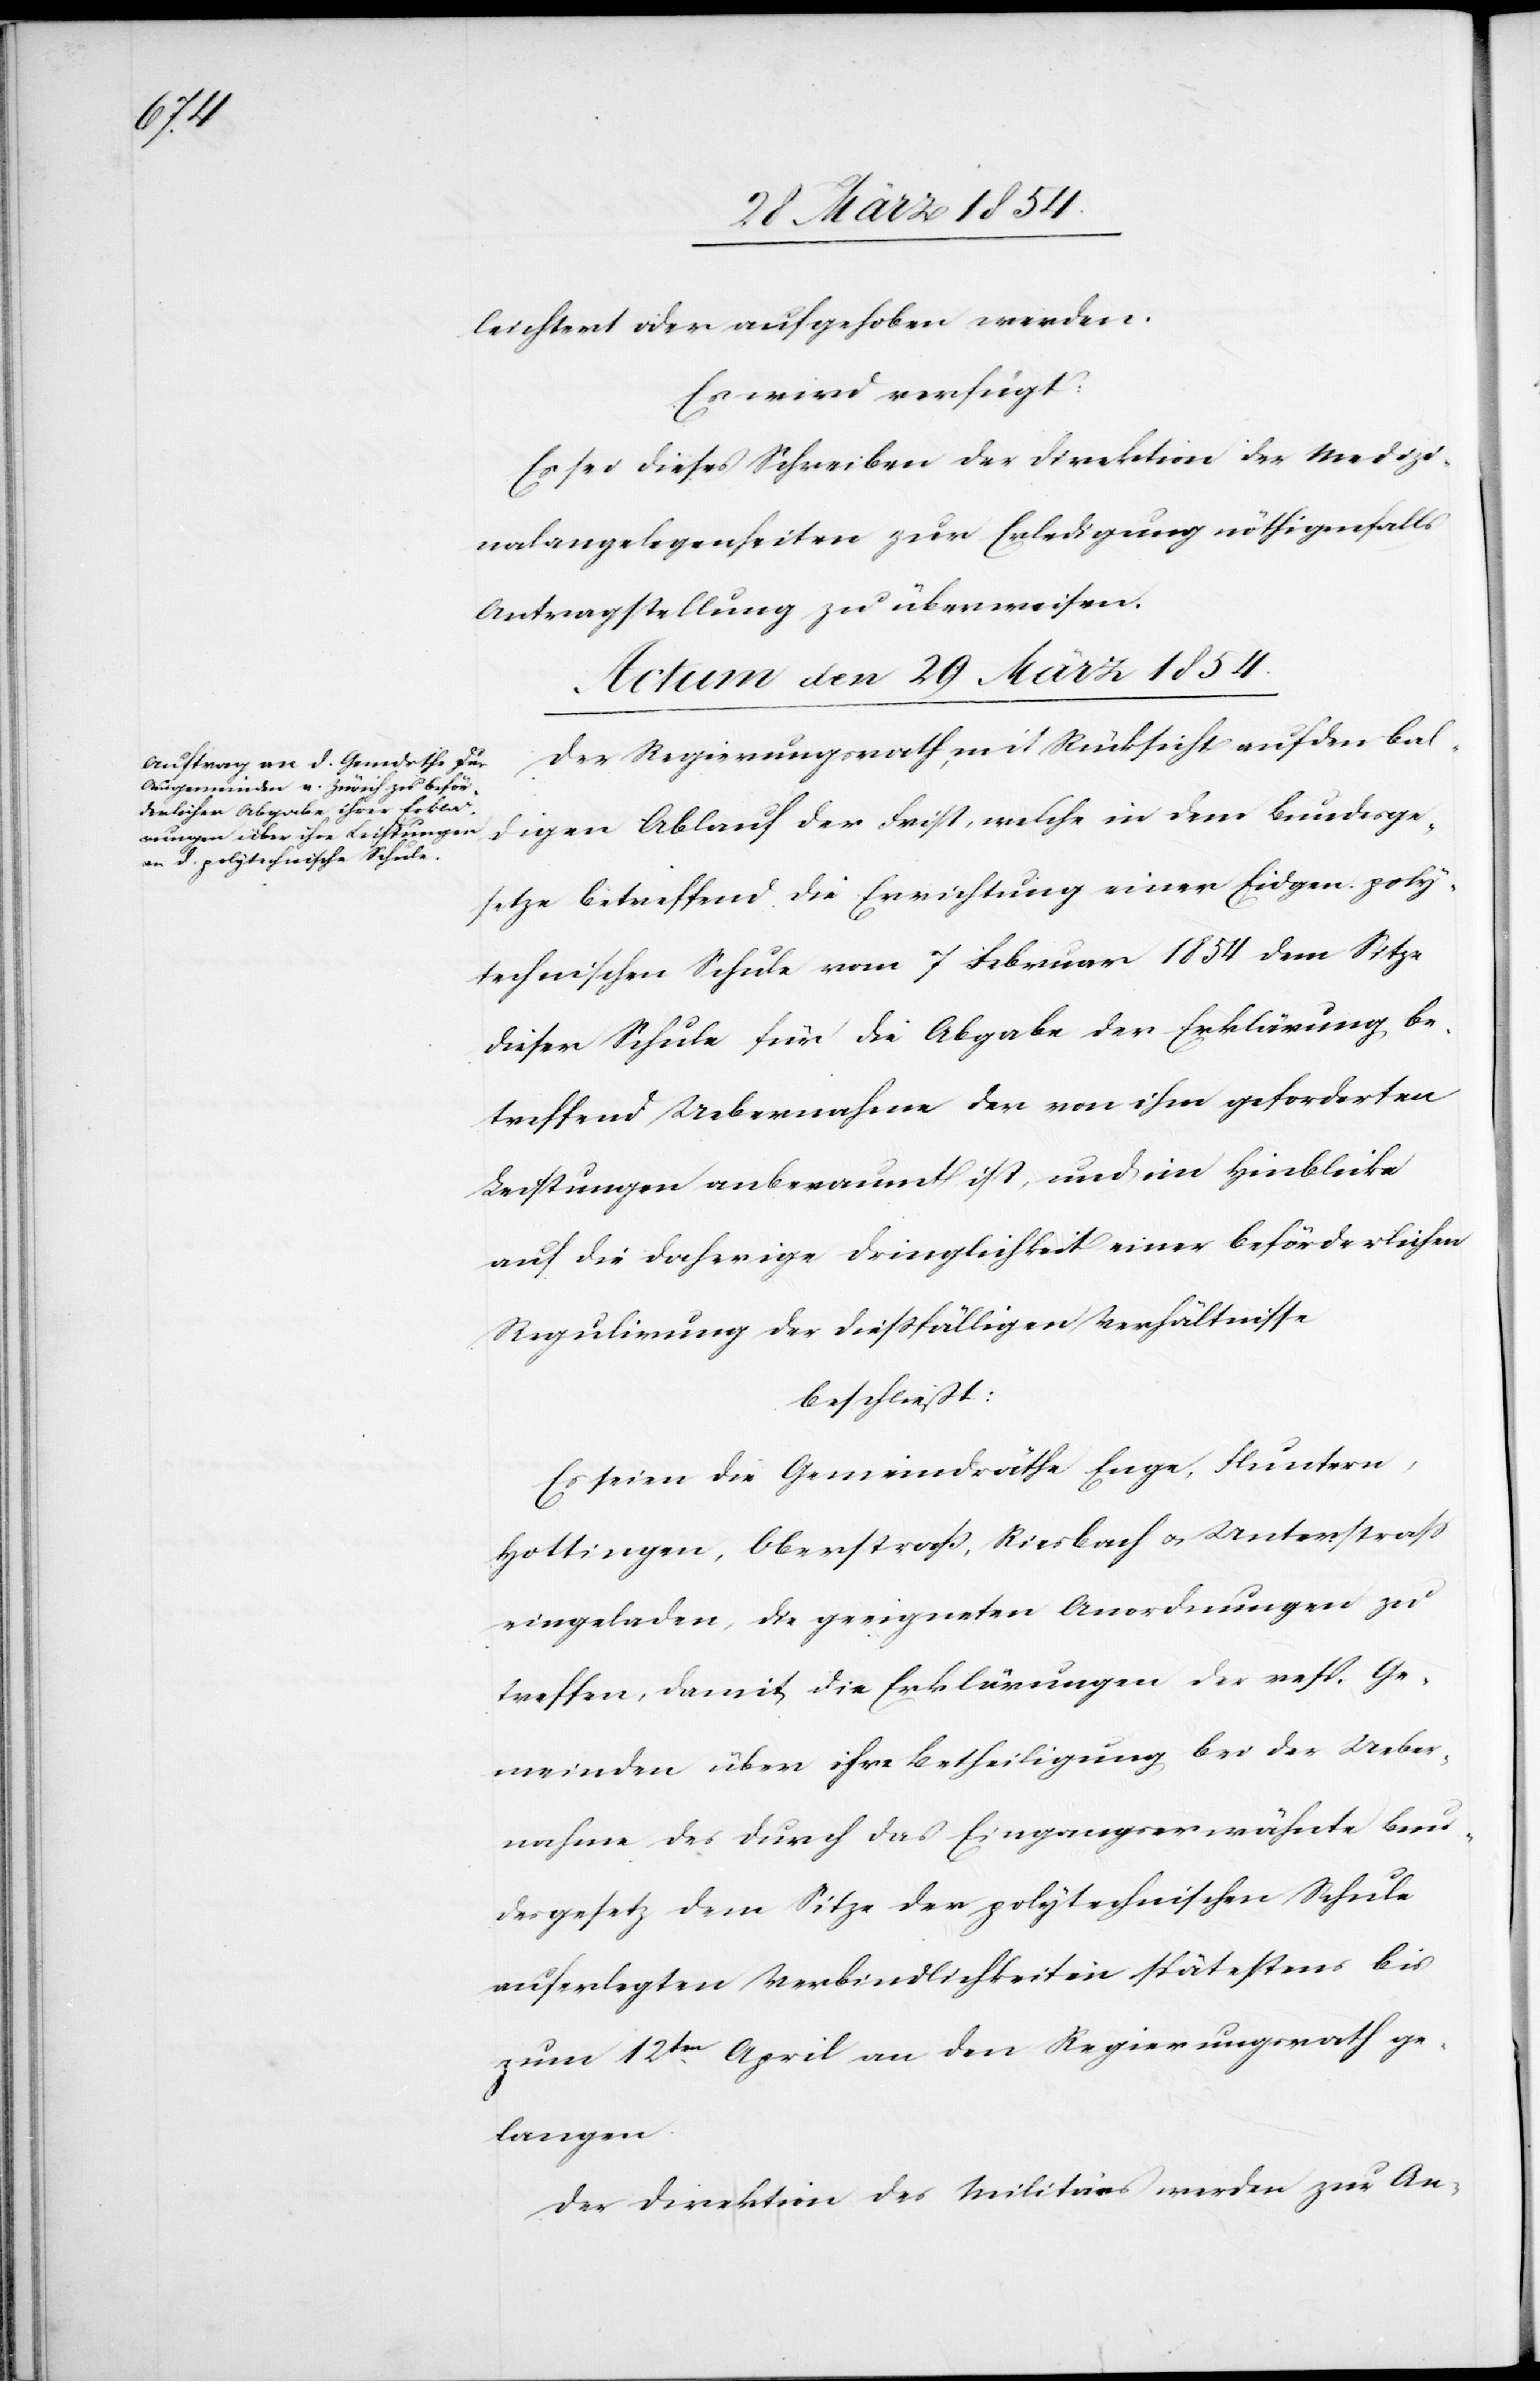
leichtert oder aufgehoben werden.
Es wird verfügt:
Es sei dieses Schreiben der Direktion der Medizi¬
nalangelegenheiten zur Erledigung nöthigenfalls
Antragstellung zu überweisen.
Actum den 29 März 1854.]
Der Regierungsrath mit Rücksicht auf den bal¬
digen Ablauf der Frist, welche in dem Bundesge¬
setze betreffend die Errichtung einer Eidgen. poly¬
technischen Schule vom 7 Februar 1854 dem Sitze
dieser Schule für die Abgabe der Erklärung be¬
treffend Uebernahme der von ihm geforderten
Leistungen anberaumt ist, und im Hinblicke
auf die daherige Dringlichkeit einer beförderlichen
Regulirung der dießfälligen Verhältnisse
beschließt:
Es seien die Gemeindräthe Enge, Fluntern,
Hottingen, Oberstraß, Riesbach u. Unterstraß
eingeladen, die geeigneten Anordnungen zu
treffen, damit die Erklärungen der resp. Ge¬
meinden über ihre Betheiligung bei der Ueber¬
nahme der durch das Eingangserwähnte Bun¬
desgesetz dem Sitze der polytechnischen Schule
auferlegten Verbindlichkeiten spätestens bis
zum 12ten April an den Regierungsrath ge¬
langen.
Der Direktion des Militärs werden zur An-